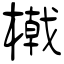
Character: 橶